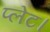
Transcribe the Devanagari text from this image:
प्लेट।